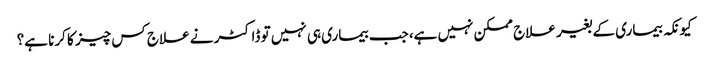
کیونکہ بیماری کے بغیر علاج ممکن نہیں ہے، جب بیماری ہی نہیں تو ڈاکٹر نے علاج کس چیز کا کرنا ہے؟